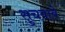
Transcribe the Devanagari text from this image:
सुचवावे